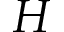
H